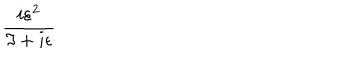
LaTeX: \frac { i \varepsilon ^ { 2 } } { \Im + i \epsilon }